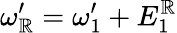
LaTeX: \omega_{\mathbb{R}}^{\prime}=\omega_{1}^{\prime}+E_{1}^{\mathbb{R}}